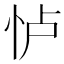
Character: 𱞋